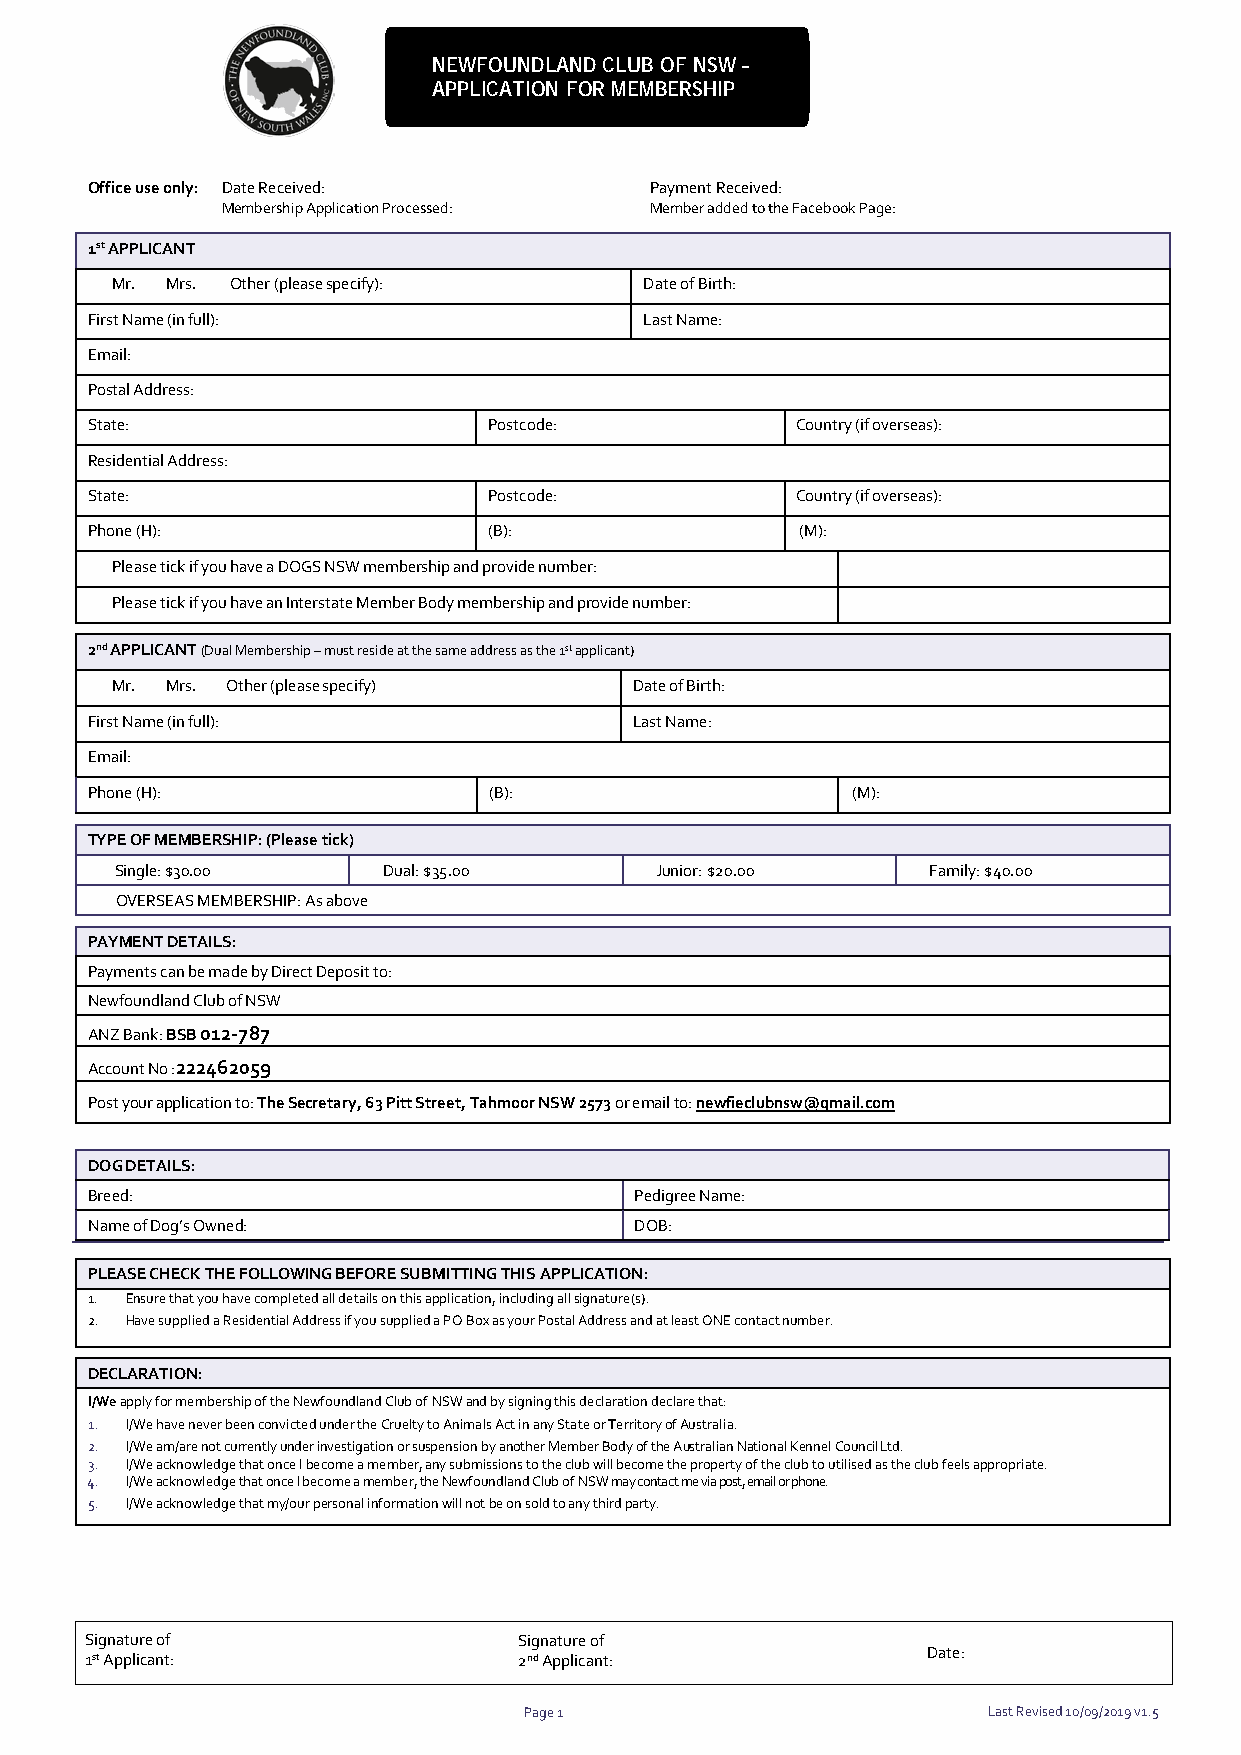
NEWFOUNDLAND CLUB OF NSW –
 APPLICATION FOR MEMBERSHIP
 Office use only: Date Received:      Payment Received:
 Membership Application Processed: Member added to the Facebook Page:
 1st APPLICANT
 Mr. Mrs. Other (please specify):    Date of Birth:
 First Name (in full):                Last Name:
 Email:
 Postal Address:
 State:                    Postcode:            Country (if overseas):
 Residential Address:
 State:                    Postcode:            Country (if overseas):
 Phone (H):                (B):                 (M):
 Please tick if you have a DOGS NSW membership and provide number:
 Please tick if you have an Interstate Member Body membership and provide number:
 2nd APPLICANT (Dual Membership – must reside at the same address as the 1st applicant)
 Mr. Mrs. Other (please specify)    Date of Birth:
 First Name (in full):               Last Name:
 Email:
 Phone (H):                (B):                    (M):
 TYPE OF MEMBERSHIP: (Please tick)
 Single: $30.00   Dual: $35.00      Junior: $20.00     Family: $40.00
 OVERSEAS MEMBERSHIP: As above
 PAYMENT DETAILS:
 Payments can be made by Direct Deposit to:
 Newfoundland Club of NSW
 ANZ Bank: BSB 012-787
 Account No :222462059
 Post your application to: The Secretary, 63 Pitt Street, Tahmoor NSW 2573 or email to: newfieclubnsw@gmail.com
 DOG DETAILS:
 Breed:                              Pedigree Name:
 Name of Dog’s Owned:                DOB:
 PLEASE CHECK THE FOLLOWING BEFORE SUBMITTING THIS APPLICATION:
 1. Ensure that you have completed all details on this application, including all signature(s).
 2. Have supplied a Residential Address if you supplied a PO Box as your Postal Address and at least ONE contact number.
 DECLARATION:
 I/We apply for membership of the Newfoundland Club of NSW and by signing this declaration declare that:
 1. I/We have never been convicted under the Cruelty to Animals Act in any State or Territory of Australia.
 2. I/We am/are not currently under investigation or suspension by another Member Body of the Australian National Kennel Council Ltd.
 3. I/We acknowledge that once I become a member, any submissions to the club will become the property of the club to utilised as the club feels appropriate.
 4. I/We acknowledge that once I become a member, the Newfoundland Club of NSW may contact me via post, email or phone.
 5. I/We acknowledge that my/our personal information will not be on sold to any third party.
 Signature of                Signature of
 1st Applicant:              2nd Applicant:             Date:
 Page 1                        Last Revised 10/09/2019 v1.5